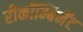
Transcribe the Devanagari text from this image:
रीकॉम्बिनेंट